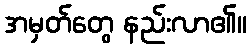
အမှတ်တွေ နည်းလာ၏။